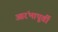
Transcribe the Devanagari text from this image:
आरंभापूर्वी